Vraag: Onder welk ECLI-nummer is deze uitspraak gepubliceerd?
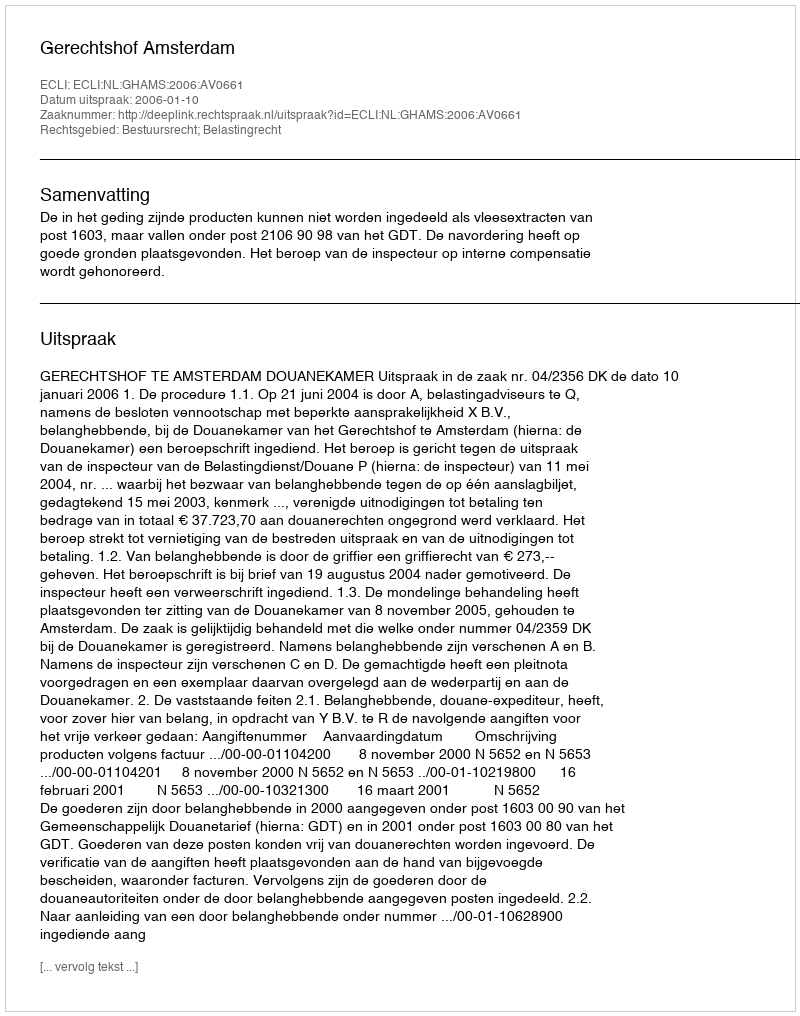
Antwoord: ECLI:NL:GHAMS:2006:AV0661